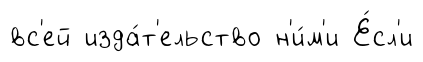
вс'ей изда́т'ельство н'и́м'и Е́сл'и